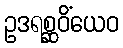
ဥဒရစ္ဆဝိံယေဝ